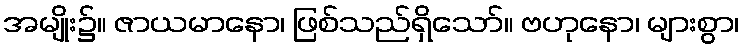
အမျိုး၌။ ဇာယမာနော၊ ဖြစ်သည်ရှိသော်။ ဗဟုနော၊ များစွာ၊